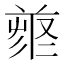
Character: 𠭳